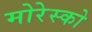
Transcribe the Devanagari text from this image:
मोरेस्को